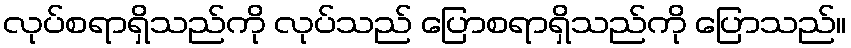
လုပ်စရာရှိသည်ကို လုပ်သည် ပြောစရာရှိသည်ကို ပြောသည်။